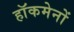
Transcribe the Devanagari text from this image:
हाॅकमेनों